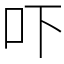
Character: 吓